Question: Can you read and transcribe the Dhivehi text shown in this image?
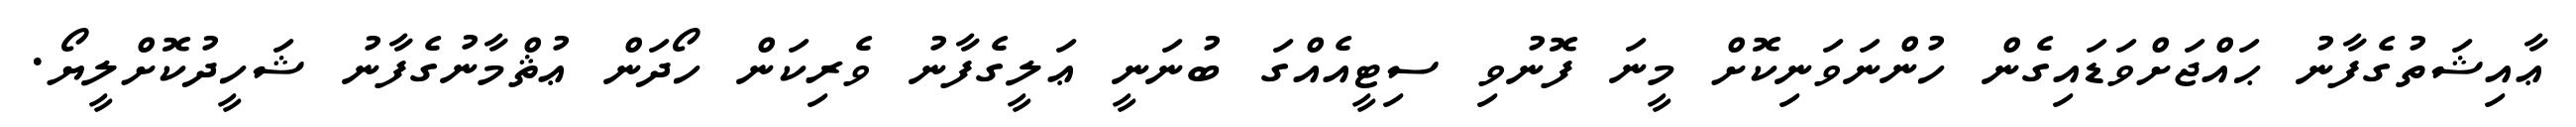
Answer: ޢާއިޝަތުގެފާނު ޙައްޖަށްވަޑައިގެން ހުންނަވަނިކޮށް މީނަ ފޮނުވި ސިޓީއެއްގަ ބުނަނީ ޢަލީގެފާނު ވެރިކަން ހޯދަން ޢުޘްމާނުގެފާނު ޝަހީދުކޮށްލީޔޯ.